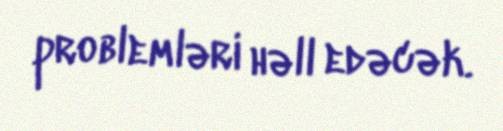
problemləri həll edəcək.